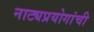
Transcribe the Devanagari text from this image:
नाट्यप्रयोगांची